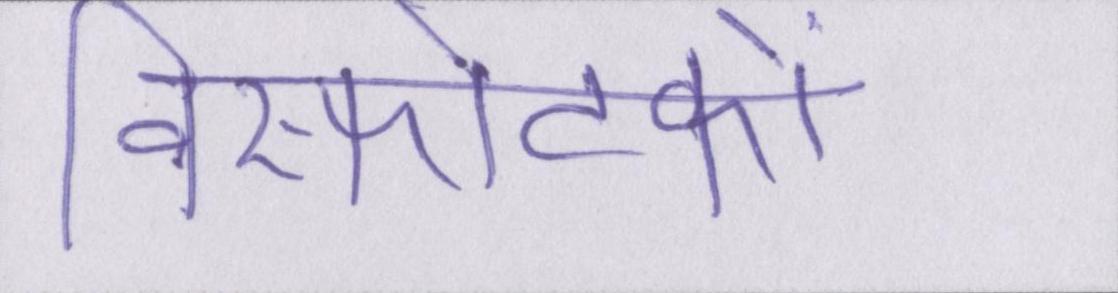
विस्फोटकों